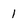
Character: 1